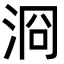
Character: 浻